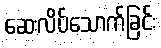
ဆေးလိပ်သောက်ခြင်း